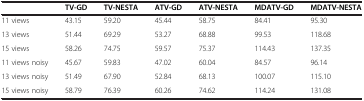
<table><thead><tr><td><b> </b></td><td><b>TV-GD</b></td><td><b>TV-NESTA</b></td><td><b>ATV-GD</b></td><td><b>ATV-NESTA</b></td><td><b>MDATV-GD</b></td><td><b>MDATV-NESTA</b></td></tr></thead><tbody><tr><td>11 views</td><td>43.15</td><td>59.20</td><td>45.44</td><td>58.75</td><td>84.41</td><td>95.30</td></tr><tr><td>13 views</td><td>51.44</td><td>69.29</td><td>53.27</td><td>68.88</td><td>99.53</td><td>118.68</td></tr><tr><td>15 views</td><td>58.26</td><td>74.75</td><td>59.57</td><td>75.37</td><td>114.43</td><td>137.35</td></tr><tr><td>11 views noisy</td><td>45.67</td><td>59.83</td><td>47.02</td><td>60.04</td><td>84.57</td><td>96.14</td></tr><tr><td>13 views noisy</td><td>51.49</td><td>67.90</td><td>52.84</td><td>68.13</td><td>100.07</td><td>115.10</td></tr><tr><td>15 views noisy</td><td>58.79</td><td>76.39</td><td>60.26</td><td>74.62</td><td>114.24</td><td>131.08</td></tr></tbody></table>